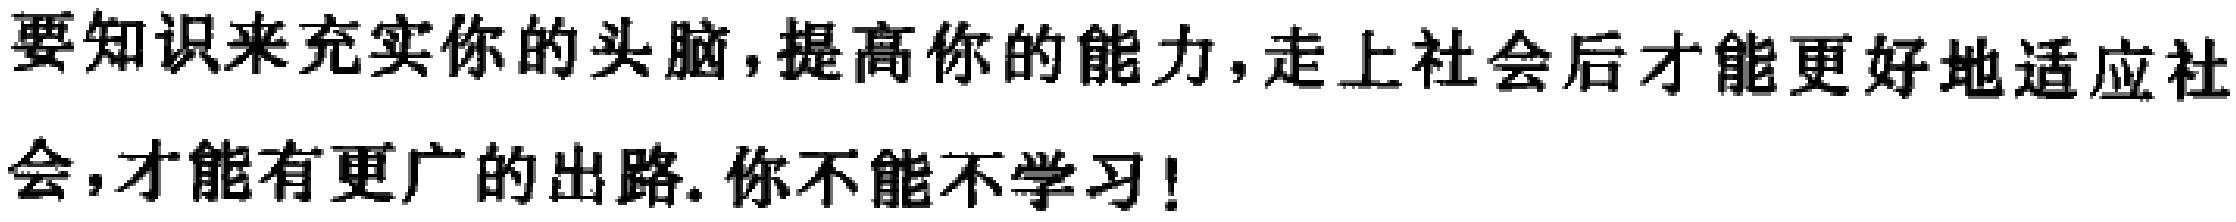
要知识来充实你的头脑,提高你的能力,走上社会后才能更好地适应社会,才能有更广的出路.你不能不学习!